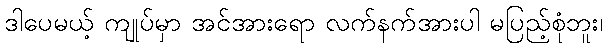
ဒါပေမယ့် ကျုပ်မှာ အင်အားရော လက်နက်အားပါ မပြည့်စုံဘူး၊